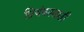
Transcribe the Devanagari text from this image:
प्रियंकासाठी